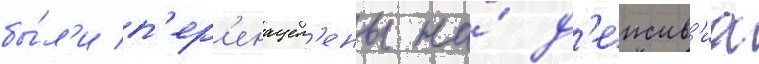
бы́л'и п'ер'енацел'ены на́ д'еиств'иа